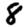
Digit: 8